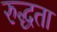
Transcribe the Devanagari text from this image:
रुद्धता